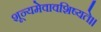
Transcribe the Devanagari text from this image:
शून्यमेवावशिष्यते।।